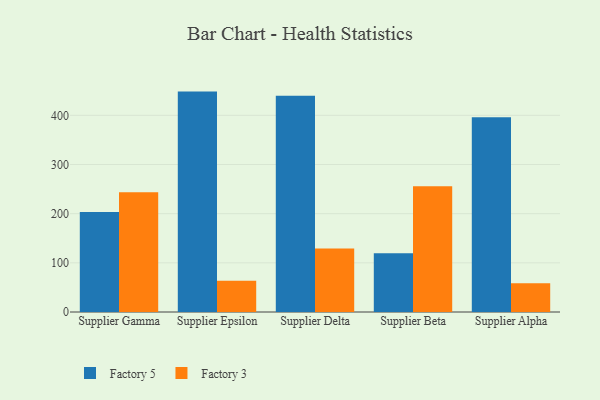
{"axis": {"x": "Supplier", "y": "Shipments"}, "legend": ["Factory 3", "Factory 5"], "data": [{"x": "Supplier Gamma", "y": 203.6, "type": "Factory 5"}, {"x": "Supplier Gamma", "y": 243.7, "type": "Factory 3"}, {"x": "Supplier Epsilon", "y": 448.3, "type": "Factory 5"}, {"x": "Supplier Epsilon", "y": 63.6, "type": "Factory 3"}, {"x": "Supplier Delta", "y": 439.8, "type": "Factory 5"}, {"x": "Supplier Delta", "y": 129.0, "type": "Factory 3"}, {"x": "Supplier Beta", "y": 119.6, "type": "Factory 5"}, {"x": "Supplier Beta", "y": 255.8, "type": "Factory 3"}, {"x": "Supplier Alpha", "y": 396.0, "type": "Factory 5"}, {"x": "Supplier Alpha", "y": 58.6, "type": "Factory 3"}]}